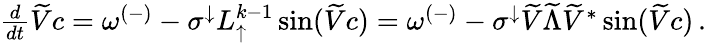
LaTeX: \begin{array}{r}{\frac{d}{dt}\widetilde{V}c=\omega^{(-)}-\sigma^{\downarrow}L_{\uparrow}^{k-1}\sin(\widetilde{V}c)=\omega^{(-)}-\sigma^{\downarrow}\widetilde{V}\widetilde{\Lambda}\widetilde{V}^{*}\sin(\widetilde{V}c)\, .}\end{array}